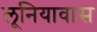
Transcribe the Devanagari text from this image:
लूनियावास